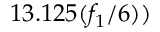
1 3 . 1 2 5 ( { f _ { 1 } } / { 6 } ) )